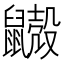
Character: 𪖃